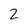
Character: 2